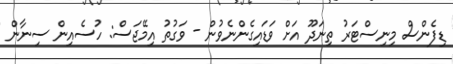
ޑިފެންސް މިނިސްޓަރު ތިނަދޫ އަށް ވަޑައިގެންނެވުން - ވަގުތު އިމޭޖަސް: ހުސެއިން ސިނާން